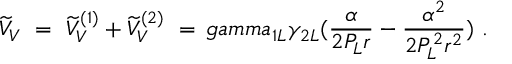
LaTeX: \widetilde V _ { V } \ = \ \widetilde V _ { V } ^ { ( 1 ) } + \widetilde V _ { V } ^ { ( 2 ) } \ = \, g a m m a _ { 1 L } \gamma _ { 2 L } ( \frac { \alpha } { 2 P _ { L } r } - \frac { \alpha ^ { 2 } } { 2 P _ { L } ^ { 2 } r ^ { 2 } } ) \ .